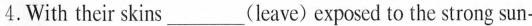
4.With their skins___(leave) exposed to the strong sun-